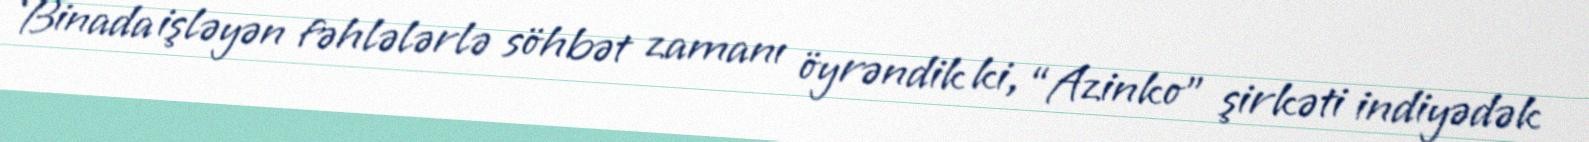
Binada işləyən fəhlələrlə söhbət zamanı öyrəndik ki, “Azinko” şirkəti indiyədək